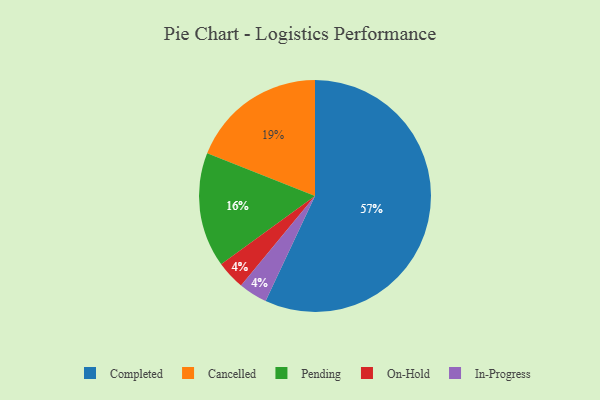
{"axis": {"x": "Category", "y": "Percentage"}, "legend": ["Cancelled", "Completed", "In-Progress", "On-Hold", "Pending"], "data": [{"x": "On-Hold", "y": 4, "type": "On-Hold"}, {"x": "Cancelled", "y": 19, "type": "Cancelled"}, {"x": "Completed", "y": 57, "type": "Completed"}, {"x": "In-Progress", "y": 4, "type": "In-Progress"}, {"x": "Pending", "y": 16, "type": "Pending"}]}